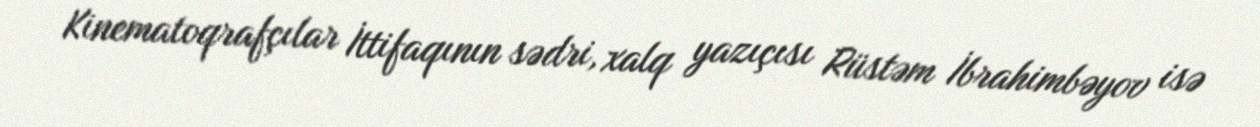
Kinematoqrafçılar İttifaqının sədri, xalq yazıçısı Rüstəm İbrahimbəyov isə